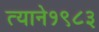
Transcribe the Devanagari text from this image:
त्याने१९८३